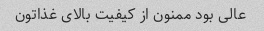
عالى بود ممنون از کیفیت بالاى غذاتون